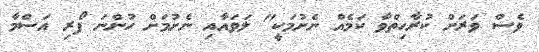
ވެސް ވަރަށް ކުރާހިތްވާ ކަމެއް ނެށުމަކީ" ލަވައާއި ނެށުމަށް ހުންނަ ފޯރި އަސްމާ